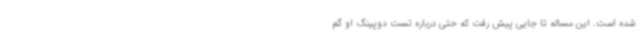
شده است. این مساله تا جایی پیش رفت که حتی درباره تست دوپینگ او گم